Civil Veterinary Department. Madras. Admin. report 1926-33 - 1926-1933
Year: 1926
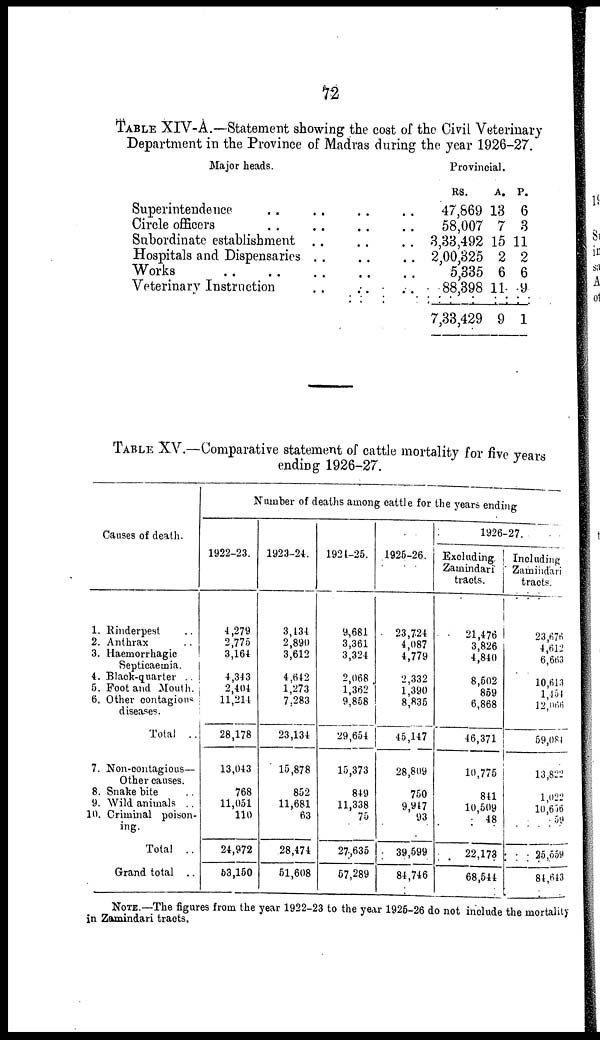
72
TABLE XIV-A.—Statement showing the cost of the Civil Veterinary
Department in the Province of Madras during the year 1926-27.
Major heads.
Superintendence ..
Circle officers ..
Subordinate establishment
Hospitals and Dispensaries
Works .. ..
Veterinary Instruction
..
..
..
..
..
..
..
..
..
..
..
..
..
..
..
..
..
..
Provincial.
RS.
47,869
58,007
3,33,492
2,00,325
5,335
88,398
7,33,429
A.
13
7
15
2
6
11
9
P.
6
3
11
2
6
9
1
TABLE XV.—Comparative statement of cattle mortality for five years
ending 1926-27.
Causes of death.
1. Rinderpest ..
2. Anthrax ..
3. Haemorrhagic
Septicaemia.
4. Black-quarter ..
5. Foot and Mouth.
6. Other contagious
diseases.
Total ..
7. Non-contagious—
Other causes.
8. Snake bite ..
9. Wild animals ..
10. Criminal poison-
ing.
Total ..
Grand total ..
Number of deaths among cattle for the years ending
1922-23.
4,279
2,775
3,164
4,343
2,404
11,214
28,178
13,043
768
11,051
110
24,972
53,150
1923-24.
3,434
2,890
3,612
4.642
1,273
7,283
23,134
15,878
852
11,681
63
28,474
51,608
1924-25.
9,681
3,361
3,324
2,068
1,362
9,858
29,654
15,373
849
11,338
75
27,635
57,289
1925-26
23,724
4,087
4,779
2,332
1,390
8,835
45,147
28,809
750
9,947
93
39,599
84,746
1926-27.
Excluding.
Zamindari
tracts.
21,476
3,826
4,840
8,502
859
6,868
46,371
10,775
841
10,509
48
22,173
68,544
Including
Zamindari
tracts,
23,676
4,612
6,663
10,613
1,451
12,066
59,081
13,822
1 022
10,656
59
25,559
84,643
NOTE.—The figures from the year 1922-23 to the year 1925-26 do not include the mortality
in Zamindari tracts.